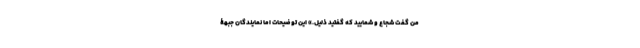
من گفت شجاع و شمایید که گفتید ذلیل.» این توضیحات اما نمایندگان جبهۀ